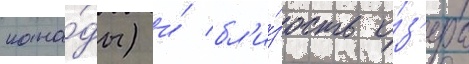
кана́ды) и́ бл'и́зость о́з'ера